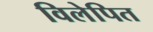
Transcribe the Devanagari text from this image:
विलेपित